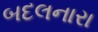
બદલનારા